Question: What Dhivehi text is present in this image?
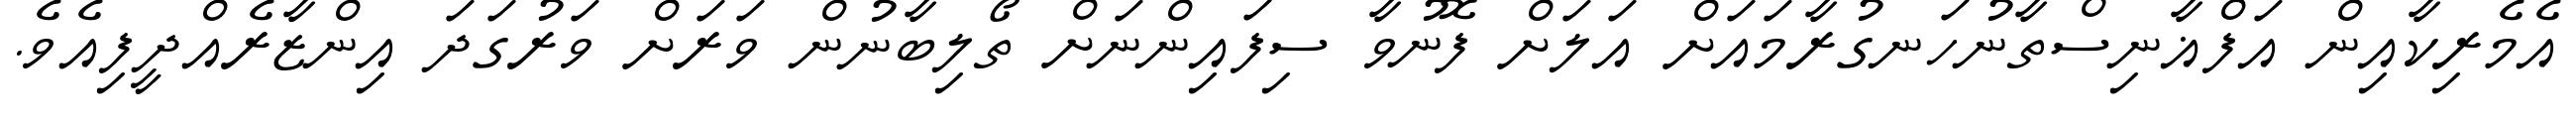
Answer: އެމެރިކާއިން އަފްޣާނިސްތާނުހަނގުރާމައަށް އަލަށް ފޮނުވާ ސިފައިންނަށް ތޯލިބާނުން ވަރަށް ވަރުގަދަ އިންޒާރެއްދީފިއެވެ.